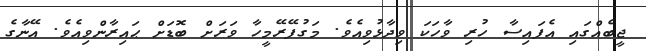
ޖީބެއްގައި އެފައިސާ ހުރި ވާހަކަ ވިދާޅުވިއެވެ. މަގުފޭރޭމީހާ ވަރަށް ބޮޑަށް ޙައިރާންވިއެވެ. އޭނާގެ